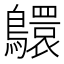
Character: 䴋